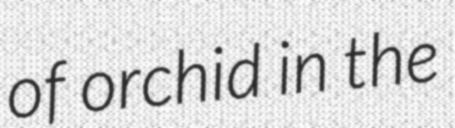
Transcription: of orchid in the